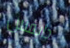
دايفس